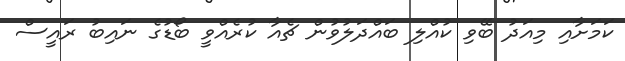
ކަމަށާއި މިއަދު ބޭވި ކުއްލި ބައްދަލުވުން ޗެއާ ކުރެއްވީ ބޯޑުގެ ނައިބު ރައީސް